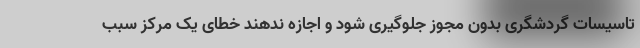
تاسیسات گردشگری بدون مجوز جلوگیری شود و اجازه ندهند خطای یک مرکز سبب